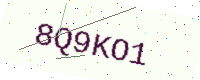
Text: 8Q9KO1